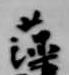
藻